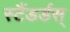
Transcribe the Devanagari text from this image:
स्टैंडर्डस्